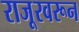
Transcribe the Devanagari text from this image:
राजूरवरून